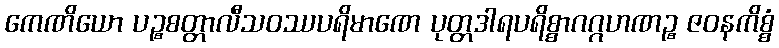
ကေဏိယော ပဉ္စစတ္တာလီသဝဿပရိမာဏေ ပုတ္တဒါရပရိစ္စာဂဂ္ဂဟဏဉ္စ ဇဝနကိစ္စံ